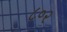
૮૦૨